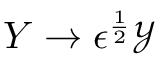
Y \rightarrow \epsilon ^ { \frac { 1 } { 2 } } \mathcal { Y }